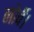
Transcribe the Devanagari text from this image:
नोर्वे।